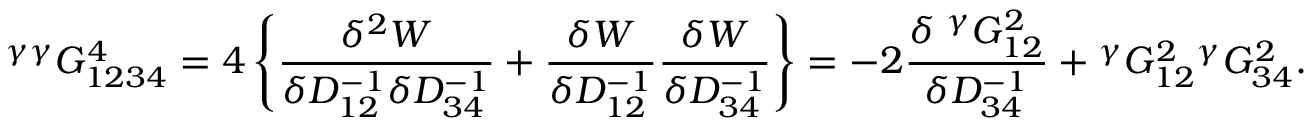
{ } ^ { \gamma \gamma } G _ { 1 2 3 4 } ^ { 4 } = 4 \left\{ \frac { \delta ^ { 2 } W } { \delta D _ { 1 2 } ^ { - 1 } \delta D _ { 3 4 } ^ { - 1 } } + \frac { \delta W } { \delta D _ { 1 2 } ^ { - 1 } } \frac { \delta W } { \delta D _ { 3 4 } ^ { - 1 } } \right\} = - 2 \frac { \delta \; { } ^ { \gamma } G _ { 1 2 } ^ { 2 } } { \delta D _ { 3 4 } ^ { - 1 } } + { } ^ { \gamma } G _ { 1 2 } ^ { 2 } { } ^ { \gamma } G _ { 3 4 } ^ { 2 } .